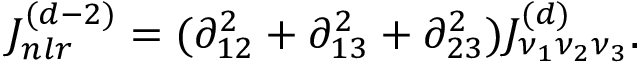
J _ { n l r } ^ { ( d - 2 ) } = ( \partial _ { 1 2 } ^ { 2 } + \partial _ { 1 3 } ^ { 2 } + \partial _ { 2 3 } ^ { 2 } ) J _ { \nu _ { 1 } \nu _ { 2 } \nu _ { 3 } } ^ { ( d ) } .